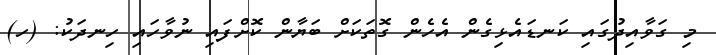
މި ގަވާއިދުގައި ކަނޑައެޅިގެން އެހެން ގޮތަކަށް ބަޔާން ކޮށްފައި ނުވާހައި ހިނދަކު: (ހ)